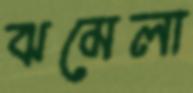
ঝমেলা